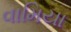
વામિયા